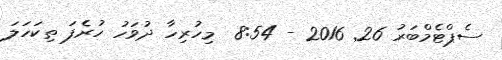
ސެޕްޓެމްބަރު 26